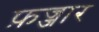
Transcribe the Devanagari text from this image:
फ़ज्जार